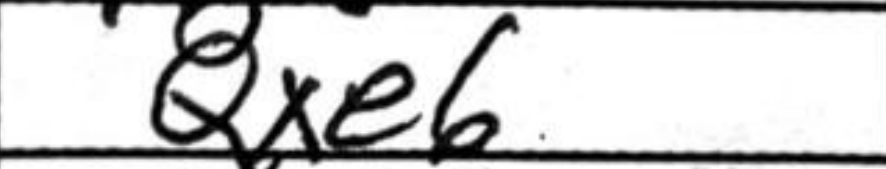
Transcription: Qxe6